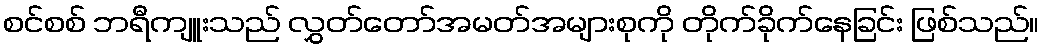
စင်စစ် ဘရီကျူးသည် လွှတ်တော်အမတ်အများစုကို တိုက်ခိုက်နေခြင်း ဖြစ်သည်။